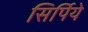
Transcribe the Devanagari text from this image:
सिर्पिये